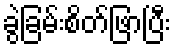
ခွဲခြမ်းစိတ်ဖြာပြီး